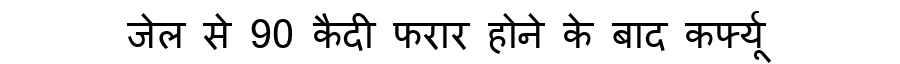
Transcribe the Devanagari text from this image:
जेल से 90 कैदी फरार होने के बाद कर्फ्यू